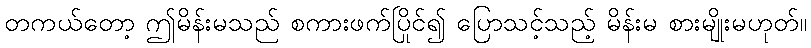
တကယ်တော့ ဤမိန်းမသည် စကားဖက်ပြိုင်၍ ပြောသင့်သည့် မိန်းမ စားမျိုးမဟုတ်။